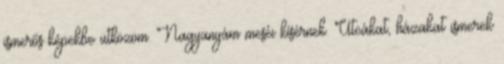
ismerős képekbe ütközöm. Nagyanyám meséi kísérnek. Utcákat, házakat ismerek